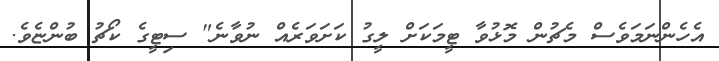
އެހެންނަމަވެސް މެޗުން މޮޅުވާ ޓީމަކަށް ލީގު ކަށަވަރެއް ނުވާނެ" ސިޓީގެ ކޯޗު ބުންޏެވެ.